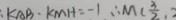
\cdot K A B \cdot K M H = - 1 \therefore M ( \frac { 3 } { 2 } ,